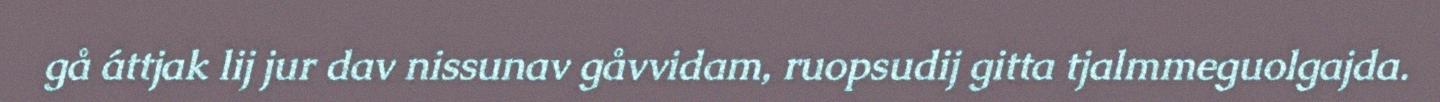
gå áttjak lij jur dav nissunav gåvvidam, ruopsudij gitta tjalmmeguolgajda.